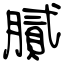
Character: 膩